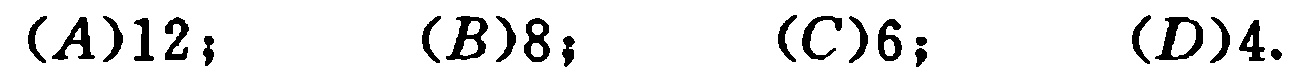
$(A)12; \quad (B)8; \quad (C)6; \quad (D)4.$